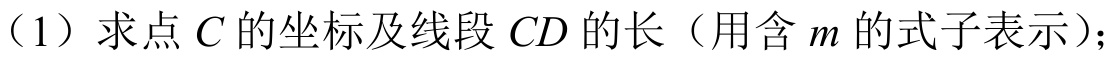
（1）求点\(C\)的坐标及线段\(CD\)的长（用含\(m\)的式子表示）；